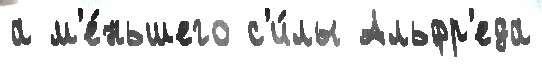
а м'е́ньшего с'и́лы Альфр'еда